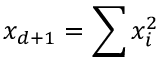
x _ { d + 1 } = \sum x _ { i } ^ { 2 }